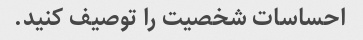
احساسات شخصیت را توصیف کنید.